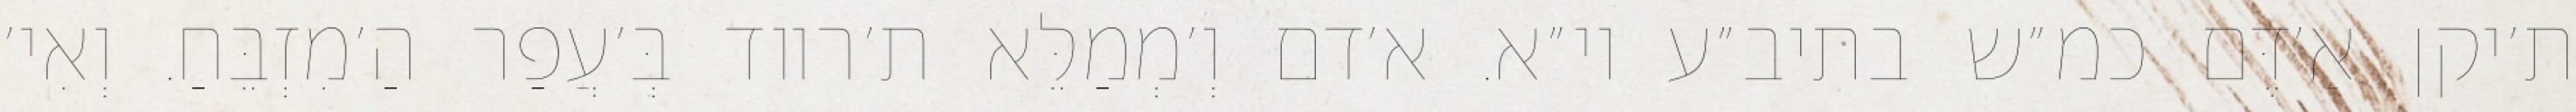
ת׳יקן אַ׳דֶּם כמ״ש בתיב״ע וי״א. א׳דם וְ׳מְמַלֵּא ת׳רווד בְּ׳עֲפַר הַ׳מִזְבֵּחַ. וְאִי׳